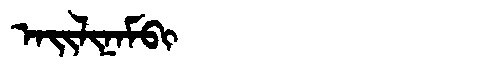
Manchu: ᠠᡳᠯᡳᠨᠠᠮᠪᡳ
Romanization: AILINAMBI